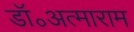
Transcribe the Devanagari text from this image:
डॉ॰अत्माराम